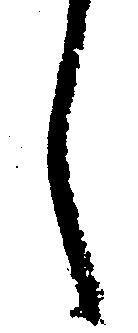
之